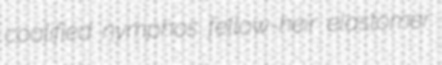
coalified nymphos fellow-heir elastomer